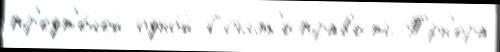
пр'едт'е́чей одно́й Ссылк'иправ'ить Т'́рн'ера